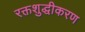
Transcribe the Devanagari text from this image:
रक्तशुद्धीकरण